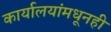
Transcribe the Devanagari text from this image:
कार्यालयांमधूनही